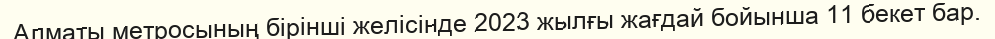
Алматы метросының бірінші желісінде 2023 жылғы жағдай бойынша 11 бекет бар.